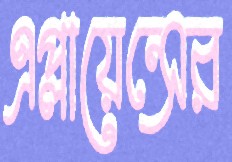
এপ্লায়েন্সের